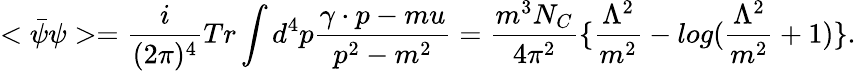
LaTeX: <\bar{\psi}\psi>={\frac{i}{(2\pi)^{4}}}Tr\int d^{4}p\frac{\gamma\cdot p-mu}{p^{2}-m^{2}}=\frac{m^{3}N_{C}}{4\pi^{2}}\{ {\frac{\Lambda^{2}}{m^{2}}}-log({\frac{\Lambda^{2}}{m^{2}}}+1)\} .